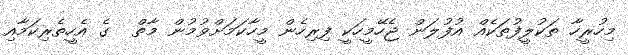
މިހުރީހާ ތަކުލީފުތަކެއް އުފުލަން ޖެހޭމީހަކީ ފިރިހެން މީހާކަމަށްވުމުން މާތް  ގެ އެހީތެރިކަމާއި